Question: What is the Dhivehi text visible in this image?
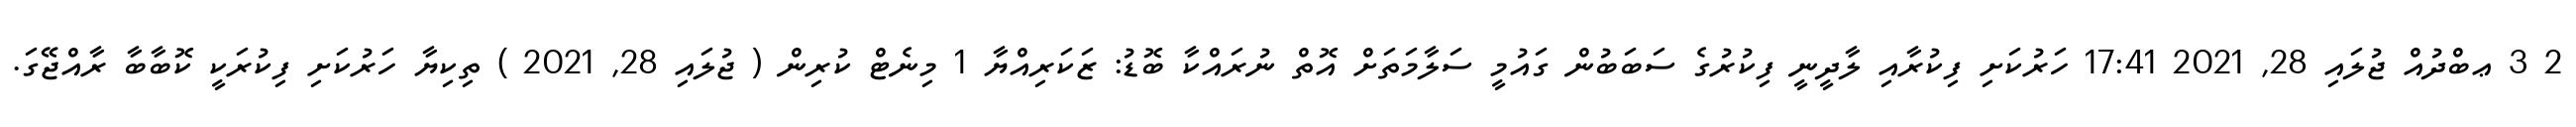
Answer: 2 3 ޢބްދުއް ޖުލައި 28, 2021 17:41 ހަރުކަށި ފިކުރާއި ލާދީނީ ފިކުރުގެ ސަބަބުން ގައުމީ ސަލާމަތަށް އޮތް ނުރައްކާ ބޮޑު: ޒަކަރިއްޔާ 1 މިނެޓް ކުރިން ( ޖުލައި 28, 2021 ) ތިކިޔާ ހަރުކަށި ފިކުރަކީ ކޮބާބާ ރާއްޖޭގަ.